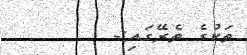
ތަކުގެ ތެރޭގައި:-